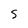
Character: S